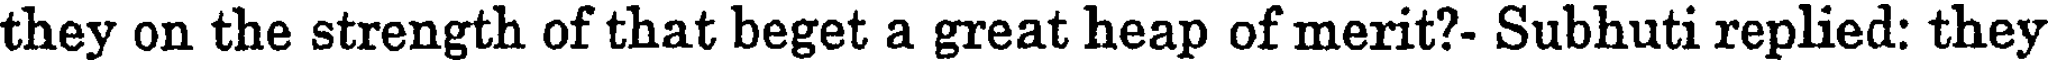
they on the strength of that beget a great heap of merit?- Subhuti replied: they